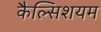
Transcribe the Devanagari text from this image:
कैल्सिशयम